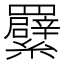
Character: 𦍁